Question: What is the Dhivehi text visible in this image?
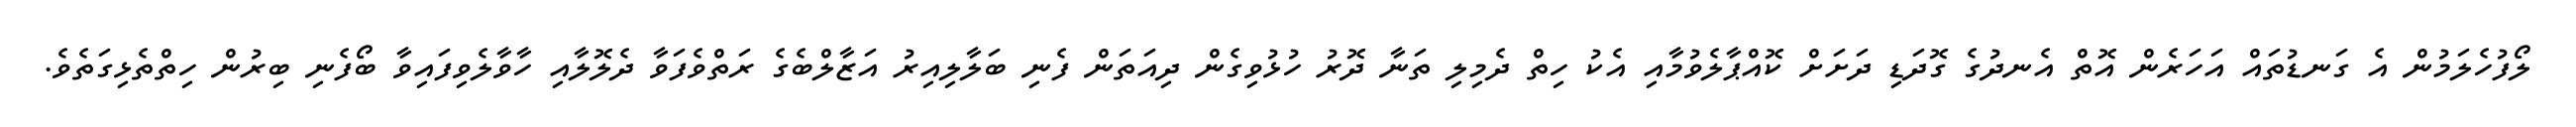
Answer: ލޯފުހެލަމުން އެ ގަނޑުތައް އަހަރެން އޮތް އެނދުގެ ގޮދަޑި ދަށަށް ކޮއްޕާލެވުމާއި އެކު ހިތް ދެމިލި ތަނާ ދޮރު ހުޅުވިގެން ދިއަތަން ފެނި ބަލާލިއިރު އަޒާލްބެގެ ރަތްވެފަވާ ދެލޮލާއި ހާވާލެވިފައިވާ ބޯފެނި ބިރުން ހިތްތެޅިގަތެވެ.